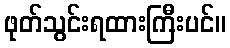
ဖုတ်သွင်းရထားကြီးပင်။